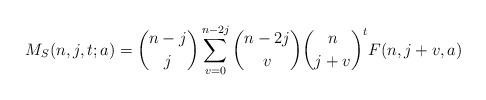
LaTeX: \begin{align*}M_S(n,j,t;a)=\binom{n-j}{j}\sum_{v=0}^{n-2j}\binom{n-2j}{v}\binom{n}{j+v}^t F(n, j+v, a)\end{align*}